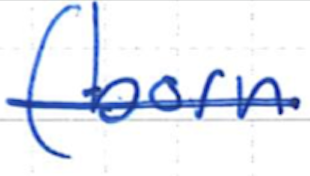
Text: (born
Cross-out: single-line
Writing tool: ballpoint